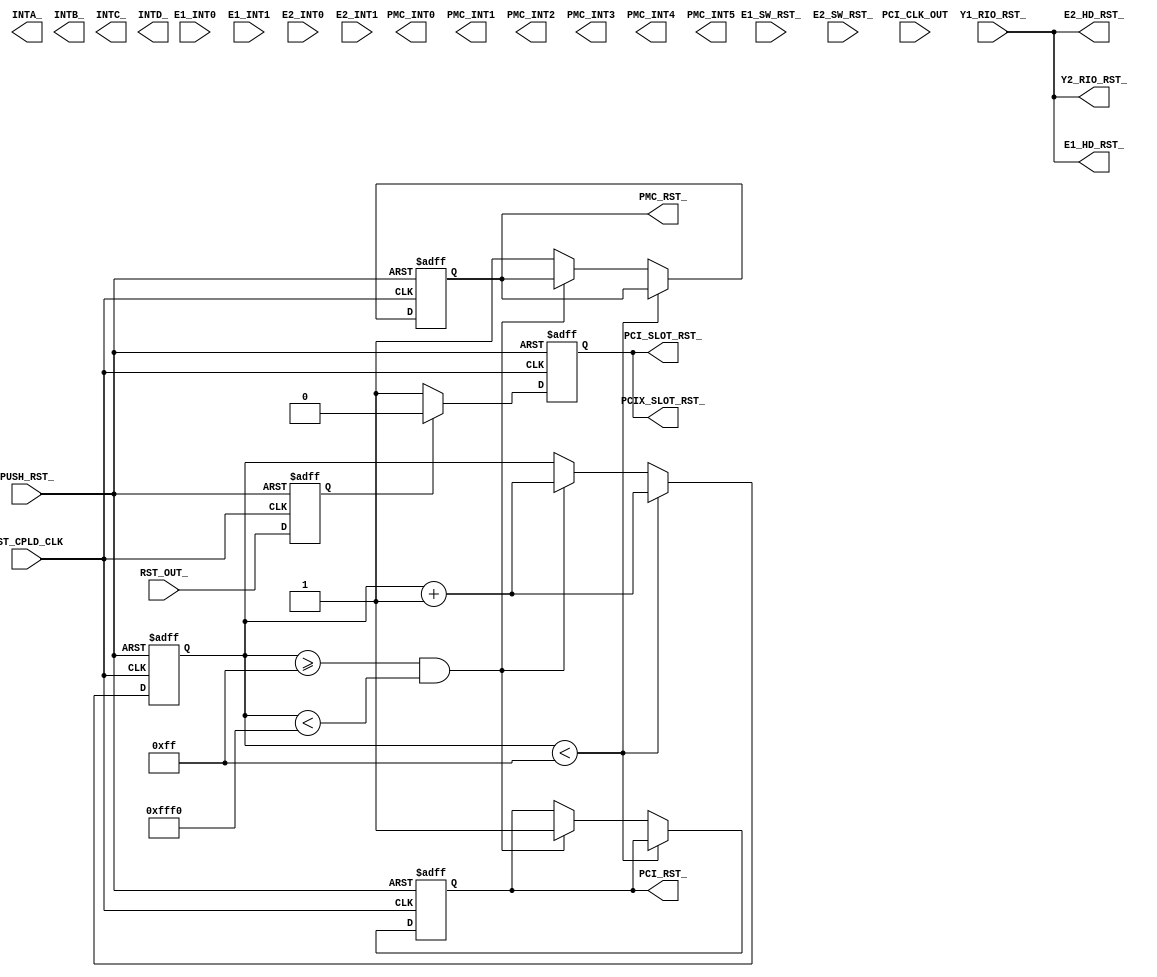
/*****************************************************************************
*  Copyright (c) 2002 Tundra Semiconductor Corp., Kanata, Ontario, CANADA
*
*  Description:		This CPLD design is used for on_board Reset and Interrupt
*                   control of HIP.
*  Name: 				Chad Forward
* 
*  Function:       	(1) PUSH_RST_ control logic
*				(2) Interrupt control
*				(3) PCI reset control
*
*  Change History:	Oct 16th, 2002	--	Creation
*
******************************************************************************/

module hip_rst_int (RST_CPLD_CLK, PCI_CLK_OUT, PUSH_RST_, RST_OUT_, Y1_RIO_RST_, E1_SW_RST_,
					E2_SW_RST_, PCI_RST_, E1_HD_RST_, E2_HD_RST_, Y2_RIO_RST_, PMC_RST_, E1_INT0, 
					E1_INT1, E2_INT0, E2_INT1, INTA_, INTB_, INTC_, INTD_, PMC_INT0,
					PMC_INT1, PMC_INT2, PMC_INT3, PMC_INT4, PMC_INT5,
					PCI_SLOT_RST_, PCIX_SLOT_RST_);
  
// Port Declaration
	// Reset
	input RST_CPLD_CLK;			// System clock upto 100MHz, from Robo
	input PCI_CLK_OUT;			// Yeti PCI output CLK.

	input PUSH_RST_;		   	// Push button, hard reset  
	input RST_OUT_;				// Supports resets on the PPMC
	input Y1_RIO_RST_;			// Yeti1 RIO reset
	input E1_SW_RST_;				// Ewok1 SW reset
	input E2_SW_RST_;				// Ewok2 SW reset
	
	output PCI_RST_;				// PCI YETI reset
	//input PCI_RST_;
	output PCI_SLOT_RST_;			//PCI Slots reset
	output PCIX_SLOT_RST_;			//PCIX Slots reset
	output E1_HD_RST_;			// Ewok1 hard reset
	output E2_HD_RST_;			// Ewok2 hard reset
	//output Y1_RIO_RST_;			// Yeti1 RIO reset
	output Y2_RIO_RST_;			// Yeti2 RIO reset
	output PMC_RST_;

	// Interrupt
	input E1_INT0;				// Ewok1 interrupt signal
	input E1_INT1;	
	input E2_INT0;				// Ewok2 interrupt signal
	input E2_INT1;

	output INTA_;				// Standard PCI interrupts
	output INTB_; 				
	output INTC_;
	output INTD_;
	output PMC_INT0;			//Extra interrupts to PPMC
	output PMC_INT1;
	output PMC_INT2;
	output PMC_INT3;
	output PMC_INT4;
	output PMC_INT5;


//------------1. Push button system reset generation with debounce logic-----------

	parameter PUSHRST_DELAY = 16'h00FF; 	//system clock delay ? simulation
	parameter PMC_DELAY = 16'hFFF0; 		//PMC reset delay
	reg [15:0] p_counter;				//pushrst control counter
	reg pushrst_, pmc_reset_;
	reg PCI_SLOT_RST_;
	reg rst_out_reg;					//sample RST_OUT_ per cycle

	// Start of reset assignments
	assign PCI_RST_ = pushrst_;		//Set PCI_RST to Yeti1
	assign PMC_RST_ = pmc_reset_;		//Set PMC_RST to PPMC

	// RIO Reset (HD Reset) output of Yeti1 is used to set all other HD Resets
	assign E1_HD_RST_ =  Y1_RIO_RST_;
	assign E2_HD_RST_ =  Y1_RIO_RST_;
	assign Y2_RIO_RST_ =  Y1_RIO_RST_; 
	//assign Y1_RIO_RST_ =  pushrst_; 

	// PCI/X_SLOT_RST_ is released after RST_OUT_ going "Lo"
	assign PCIX_SLOT_RST_ = PCI_SLOT_RST_;	//Same as PCI_SLOT_RST_ 
	always @(posedge RST_CPLD_CLK or negedge PUSH_RST_) begin
		rst_out_reg <= RST_OUT_;			//sample RST_OUT_ per cycle
		if(!PUSH_RST_)
			begin
				PCI_SLOT_RST_ <= 1'b0;	//clear PCI_SLOT_RST_
				rst_out_reg <= 1'b1;	//set rst_out_reg
			end
		else if (!rst_out_reg)	 		//probe falling edge of RST_OUT_
			begin
				PCI_SLOT_RST_ <= 1'b1; 	//release PCI_SLOT_RST_
			end
		else begin
				PCI_SLOT_RST_ <= 1'b0;	//keep on "Lo"
			end
	end // of always

	always @(posedge RST_CPLD_CLK or negedge PUSH_RST_) begin
		if(!PUSH_RST_)
			begin
				pushrst_ <= 1'b0;			//set pushrst_ to Lo
				pmc_reset_ <= 1'b0;			//set pmc_reset_ to Lo
				p_counter[15:0] <= 15'h0000;	//clear the counter
			end
		else if (p_counter[15:0] < PUSHRST_DELAY)
			begin
				p_counter <= p_counter + 1;
			end
		else if ((p_counter[15:00] >= PUSHRST_DELAY) && (p_counter[15:00] < PMC_DELAY))
			begin
				p_counter <= p_counter + 1;
				pushrst_ <= 1;
			end
		else begin
				pmc_reset_ <= 1;			//set PMC_RESET_ to Hi
			end
	end


endmodule